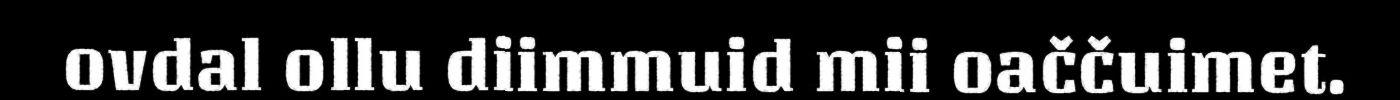
ovdal ollu diimmuid mii oaččuimet.